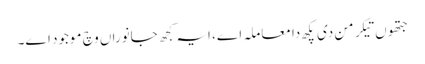
جتھوں تیکر من دی پکھ دا معاملہ اے، ایہ کجھ جانوراں وچ موجود اے۔